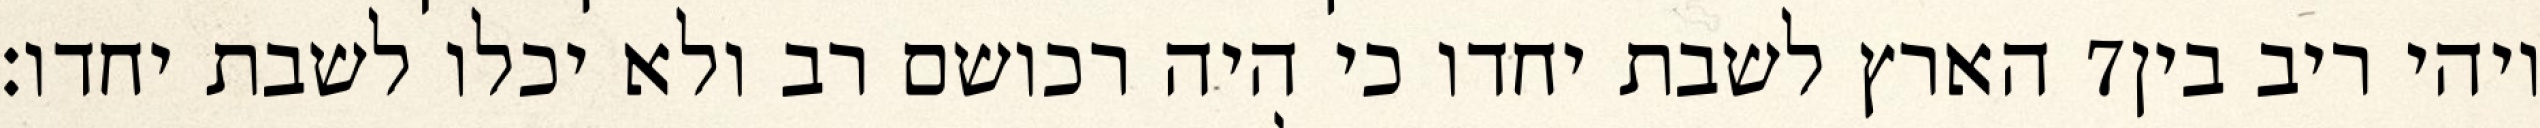
הארץ לשבת יחדו כי היה רכושם רב ולא יכלו לשבת יחדו׃ ‎7‏ ויהי ריב בין